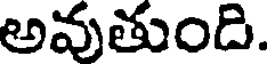
అవుతుంది.